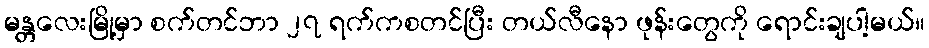
မန္တလေးမြို့မှာ စက်တင်ဘာ ၂၇ ရက်ကစတင်ပြီး တယ်လီနော ဖုန်းတွေကို ရောင်းချပါ့မယ်။